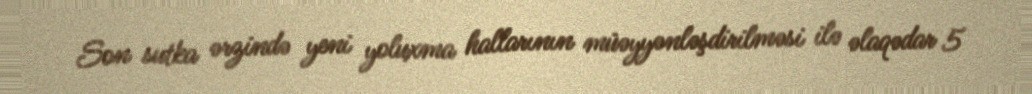
Son sutka ərzində yeni yoluxma hallarının müəyyənləşdirilməsi ilə əlaqədar 5